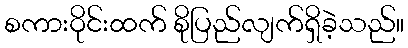
စကားဝိုင်းထက် စိုပြည်လျက်ရှိခဲ့သည်။